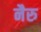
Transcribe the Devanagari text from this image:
नैरु